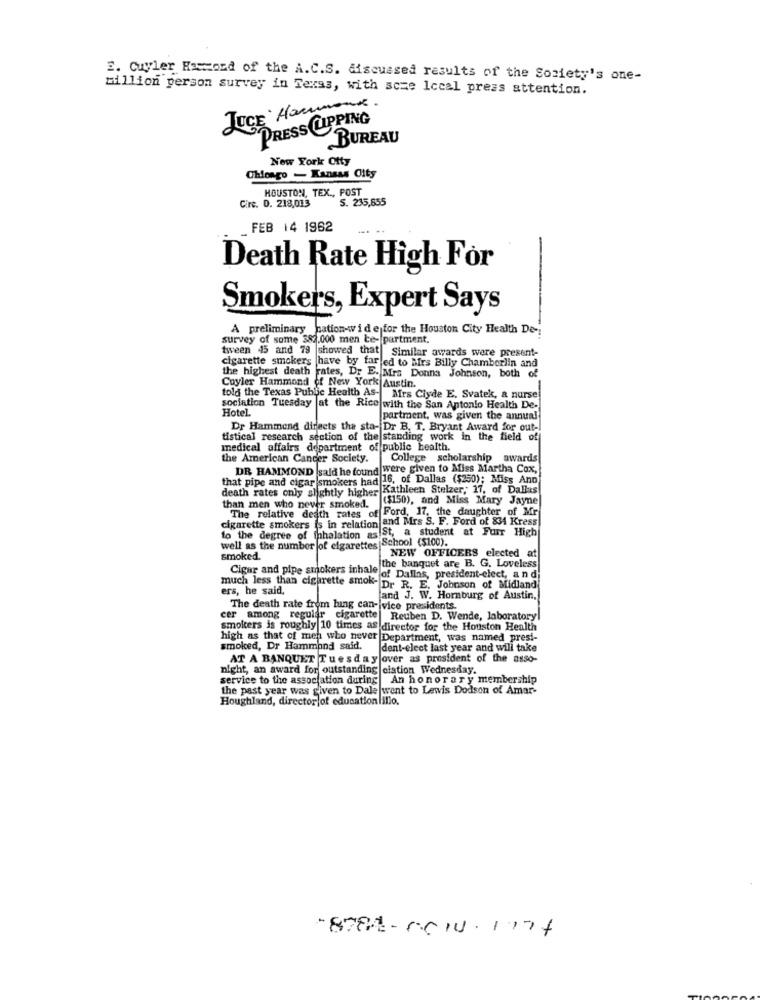
2. Cuyler Hamond of the A.C.S. discussed results of the Society's one-
billion person survey in Texas, with some Iccal press attention.
JUCE Hammond
PRESS CUPPING
BUREAU
New York City
Chlongo - Kansas City
HOUSTON, TEX ., POST
Cire. D. 218,013
S. 235,655
FEB 14 1962
-.
Death Rate High For
Smokers, Expert Says
A preliminary bation-wide for the Houston City Health De -:
survey of some $82.000 men te- partment.
tween 45 and 79 |showed that Similar awards were present-
cigarette smokers have by far ed to Birs Billy Chamberlin and
the highest death rates, Dr E. Mrs Donna Johnson, both of
Cuyler Hammond of New York Austin.
told the Texas Public Health As- Mrs Clyde E. Svatek, a nurse
sociation Tuesday at the Rice with the San Antonio Health De-
Hotel.
partment, was given the annual
Dr Hammond directs the sta- Dr B. T. Bryant Award for out-
"istical research section of the standing work in the field of
medical affairs department of public health.
the American Cancer Society.
College scholarship awards
DR HAMMOND |said he found were given to Miss Martha Cox,
that pipe and cigar smokers had"
had 16, of Dallas ($250); Miss Ann
death rates only slightly higher Kathleen Stelzer, 17, of Dallas
($150), and Miss Mary Jayne
than men who never smoked.
The relative death rates of Ford, 17, the daughter of Mr
cigarette smokers is in relation and Mrs S. F. Ford of 834 Kress
"Ist, a student at Furr High
well as the number of cigarettes School ($100).
to the degree of inhalation as
NEW OFFICERS elected at
smoked.
the banquet are B. G. Loveless
Cigar and pipe smokers inhale of Dallas, president-elect, a n di
much less than cigarette smok- Dr R. E. Johnson of Midland
ers, he said,
and J. W. Hornburg of Austin,
The death rate from huing can- vice presidents.
cer among regular cigarette
Reuben D. Wende, laboratory
smokers is roughly 10 times as director for the Houston Health
high as that of men who never Department, was named presi-
smoked, Dr Hammond said.
dent-elect last year and will take
AT A BANQUET Tuesday over as president of the asso-
night, an award for outstanding ciation Wednesday.
service to the association during An honorary membership
the past year was given to Dale |went to Lewis Dodson of Amar-
Houghland, director of education lillo.
-8784-66 1. 1174